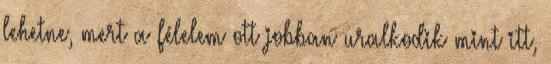
lehetne, mert a félelem ott jobban uralkodik mint itt,